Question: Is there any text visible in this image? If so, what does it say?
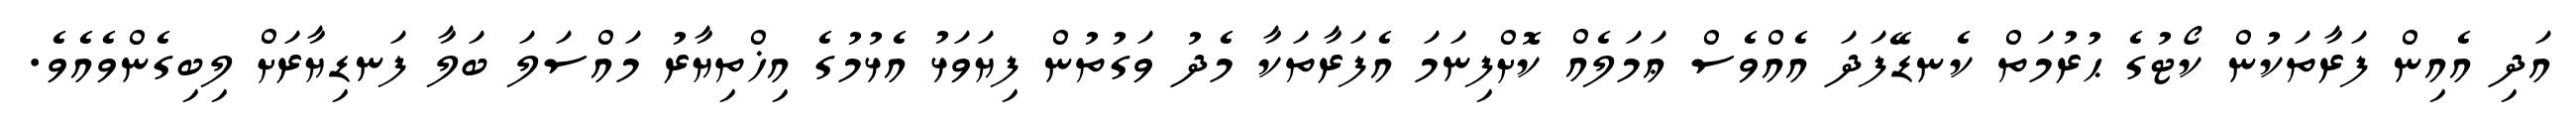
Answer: އަދި އެއިން ފަރާތަކުން ކޯޓުގެ ޙުރުމަތް ކެނޑޭފަދަ އެއްވެސް ޢަމަލެއް ކޮށްފިނަމަ އެފަރާތަކާ މެދު ވަގުތުން ފިޔަވަޅު އެޅުމުގެ އިޚްތިޔާރު މައްސަލަ ބަލާ ފަނޑިޔާރަށް ލިބިގެންވެއެވެ.